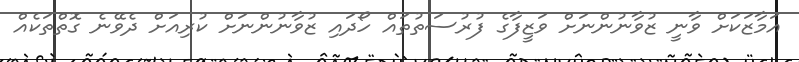
އަމާޒަކަށް ވާނީ ޒުވާނުންނަށް ވަޒީފާގެ ފުރުސަތުތައް ހޯދައި ޒުވާނުންނަށް ކުރިއަށް ދެވޭނެ ގޮތްތަކެއް